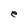
Character: e